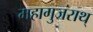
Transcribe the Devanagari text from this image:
महागुजराथ्